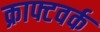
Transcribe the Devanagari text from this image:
क्राफ्टवर्क